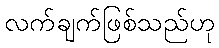
လက်ချက်ဖြစ်သည်ဟု